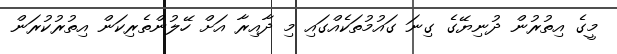
މީގެ އިތުރުން ދުނިޔޭގެ ގިނަ ގައުމުތަކެއްގައި މި ދާއިރާ އަށް ހޭލުންތެރިކަން އިތުރުކުރަން